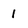
Character: 1